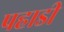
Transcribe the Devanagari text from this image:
पहाडी